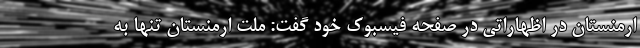
ارمنستان در اظهاراتی در صفحه فیسبوک خود گفت: ملت ارمنستان تنها به